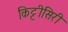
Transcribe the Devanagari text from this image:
किट्टीसिरी